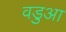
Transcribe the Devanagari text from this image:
वडुआ